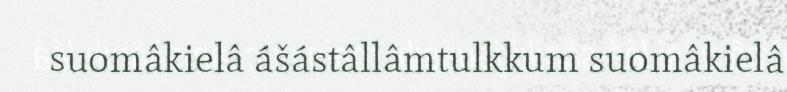
suomâkielâ ášástâllâmtulkkum suomâkielâ